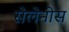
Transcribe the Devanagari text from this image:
सेलेनीस